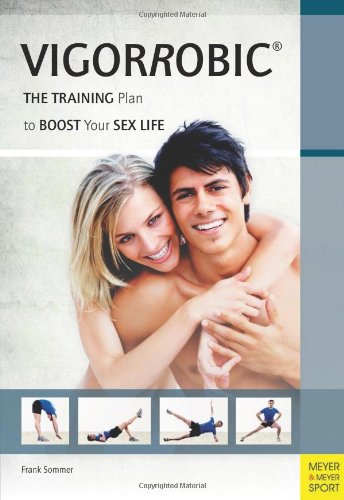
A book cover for Vigorrobic: The Training Plan to Boost Your Sex Life; Frank Sommer; Health, Fitness & Dieting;